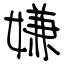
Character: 嫌